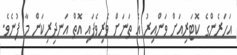
އަހަރެންގެ ކޮޓަރިއަށް ވަންއިރު އެ ތަނަށް ވެރިވެފައި އޮތް އަނދިރިކަން މާ ފުނެވެ.